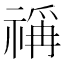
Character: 𰨋